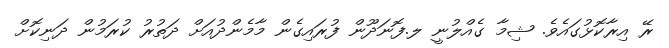
ރޭ އިރާކޮޅުގައެވެ. ޝިމާ ގެއްލުނީ ލ.ފޮނަދޫން ފުރައިގެން މާމެންދުއަށް ދަތުރު ކުރަމުން ދަނިކޮށް